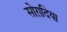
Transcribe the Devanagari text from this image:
सोग़दिया